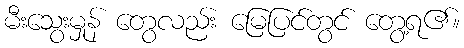
မီးသွေးမှုန် တွေလည်း မြေပြင်တွင် တွေ့ရ၏။